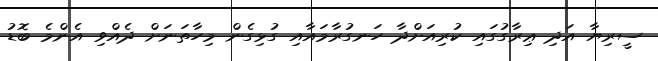
ސީރިޔާ އަދި ޢިރާގުގައި ކުރިއަށްދާ ހަނގުރާމައާއި ގުޅިގެން މިހާތަނަށް ދެއްވިި އެންމެ ބޮޑު